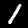
Digit: 1